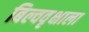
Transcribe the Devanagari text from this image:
बिल्ववृक्षाला